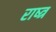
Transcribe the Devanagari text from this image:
राष्त्र